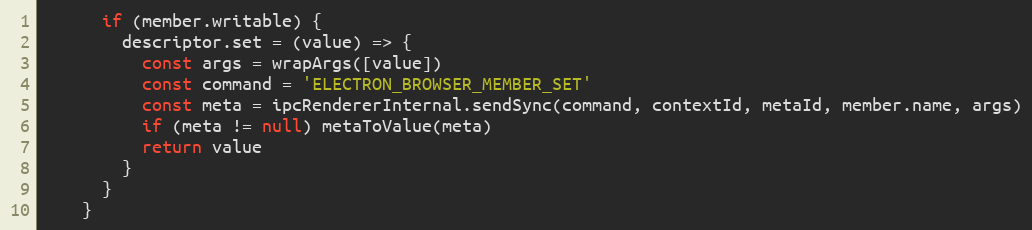
Language: JavaScript
      if (member.writable) {
        descriptor.set = (value) => {
          const args = wrapArgs([value])
          const command = 'ELECTRON_BROWSER_MEMBER_SET'
          const meta = ipcRendererInternal.sendSync(command, contextId, metaId, member.name, args)
          if (meta != null) metaToValue(meta)
          return value
        }
      }
    }